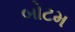
બોટમ